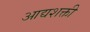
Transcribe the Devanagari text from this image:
आद्यशक्ती